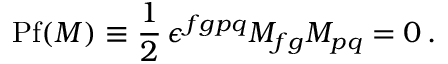
\mathrm { P f } ( M ) \equiv \frac 1 2 \, \epsilon ^ { f g p q } M _ { f g } M _ { p q } = 0 \, .